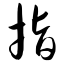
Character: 指